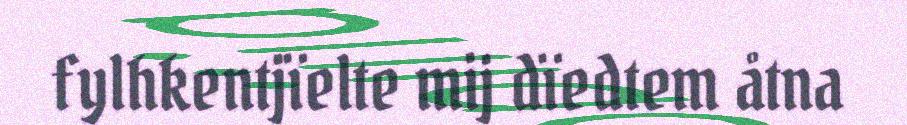
fylhkentjïelte mij dïedtem åtna